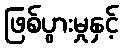
ဖြစ်ပွားမှုနှင့်